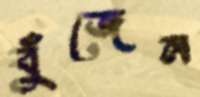
বুঁজেন